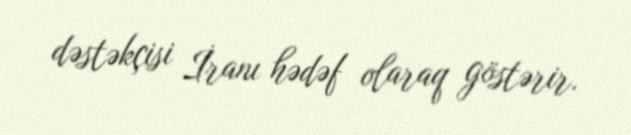
dəstəkçisi İranı hədəf olaraq göstərir.